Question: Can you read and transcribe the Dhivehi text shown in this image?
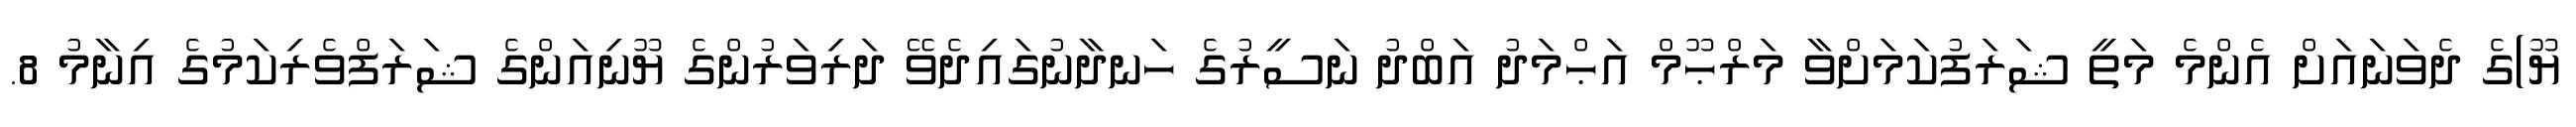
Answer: ޔޫ)ގެ ދެވަނައަށް އެންމެ މަތީ ޝަރަފުކަމަށްވާ މަރްޙޫމް އަޙްމަދު އަބްދު ނަސީރުގެ ހަނދާނުގައިދެވޭ ދަރިވަރުންގެ ޔޫނިއަންގެ ޝަރަފްވެރިކަމުގެ އިނާމު 8.